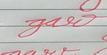
Signature authenticity: forged